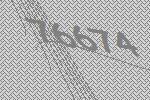
76674